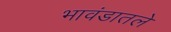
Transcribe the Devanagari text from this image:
भावंडातले